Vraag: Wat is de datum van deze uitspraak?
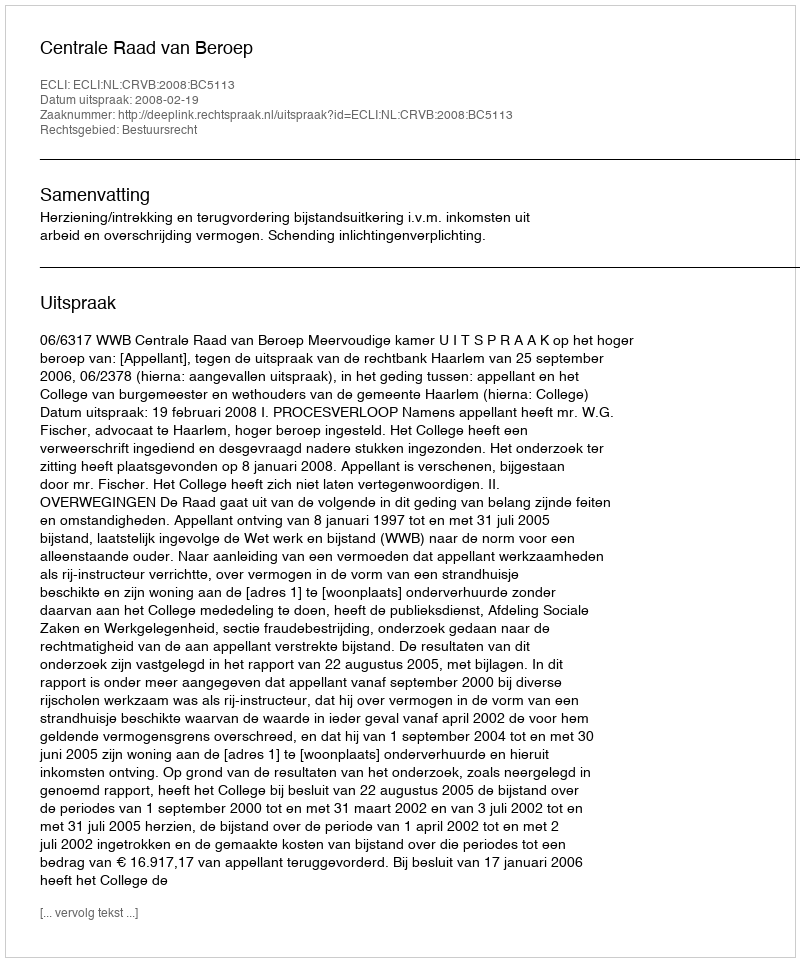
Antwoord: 2008-02-19